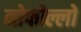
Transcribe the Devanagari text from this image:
नोफोल्लो